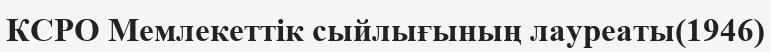
КСРО Мемлекеттік сыйлығының лауреаты(1946)